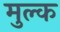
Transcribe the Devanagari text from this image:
मुल्‍क